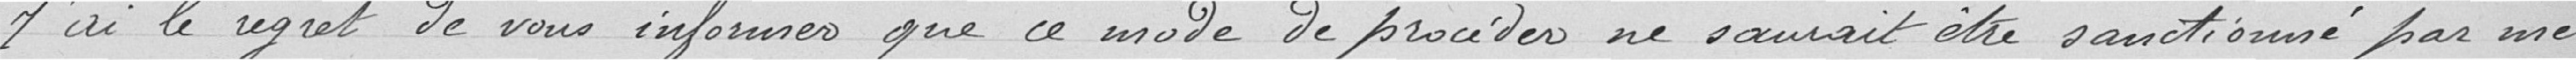
J'ai le regret de vous informer que ce mode de procédé ne saurait être sanctionné par mes